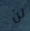
لن